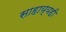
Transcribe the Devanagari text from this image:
साहाय्यही